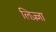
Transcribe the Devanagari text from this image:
लिज़्ज़ा